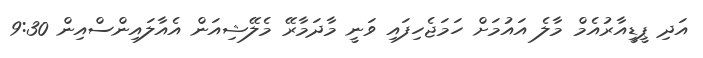
އަދި ޕީޑީއާރުއެމް މާލެ އައުމަށް ހަމަޖެހިފައި ވަނީ މާދަމާރޭ މެލޭޝިއަން އެއާލައިންސްއިން 9:30